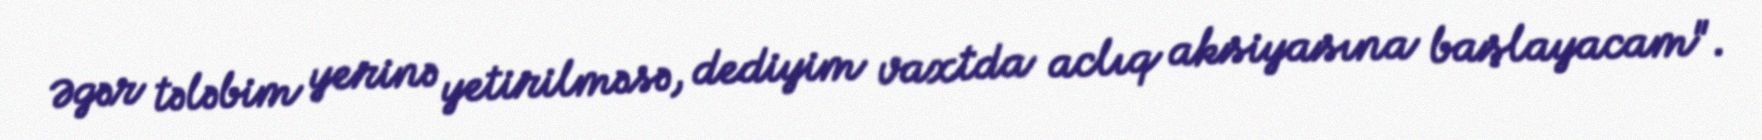
Əgər tələbim yerinə yetirilməsə, dediyim vaxtda aclıq aksiyasına başlayacam".